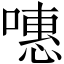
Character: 𠽡